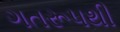
ગતરૂપથી